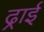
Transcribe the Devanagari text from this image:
ढ्राई